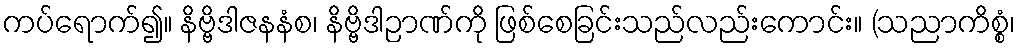
ကပ်ရောက်၍။ နိဗ္ဗိဒါဇနနံစ၊ နိဗ္ဗိဒါဉာဏ်ကို ဖြစ်စေခြင်းသည်လည်းကောင်း။ (သညာကိစ္စံ၊